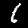
Label: 1